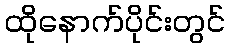
ထိုနောက်ပိုင်းတွင်